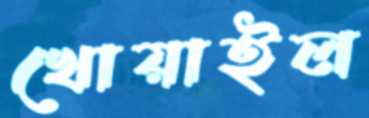
খোয়াইল